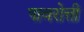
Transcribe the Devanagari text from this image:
पावरोत्ती